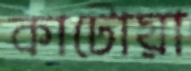
কাটোয়া